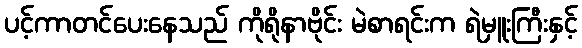
ပင့်ကာတင်ပေးနေသည် ကိုရိုနာဗိုင်း မဲစာရင်းက ရဲမှူးကြီးနှင့်